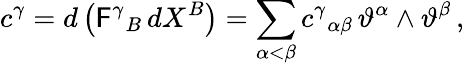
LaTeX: c^{\gamma}=d\left(\mathsf{F}^{\gamma}{}_{B}\, dX^{B}\right)=\sum_{\alpha<\beta}c^{\gamma}{}_{\alpha\beta}\, \vartheta^{\alpha}\wedge\vartheta^{\beta}\, ,